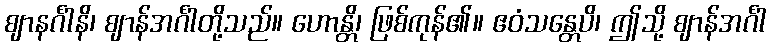
ဈာနင်္ဂါနိ၊ ဈာန်အင်္ဂါတို့သည်။ ဟောန္တိ၊ ဖြစ်ကုန်၏။ ဧဝံသန္တေပိ၊ ဤသို့ ဈာန်အင်္ဂါ